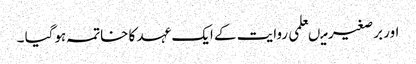
اور برصغیر میںعلمی روایت کے ایک عہد کا خاتمہ ہوگیا ۔